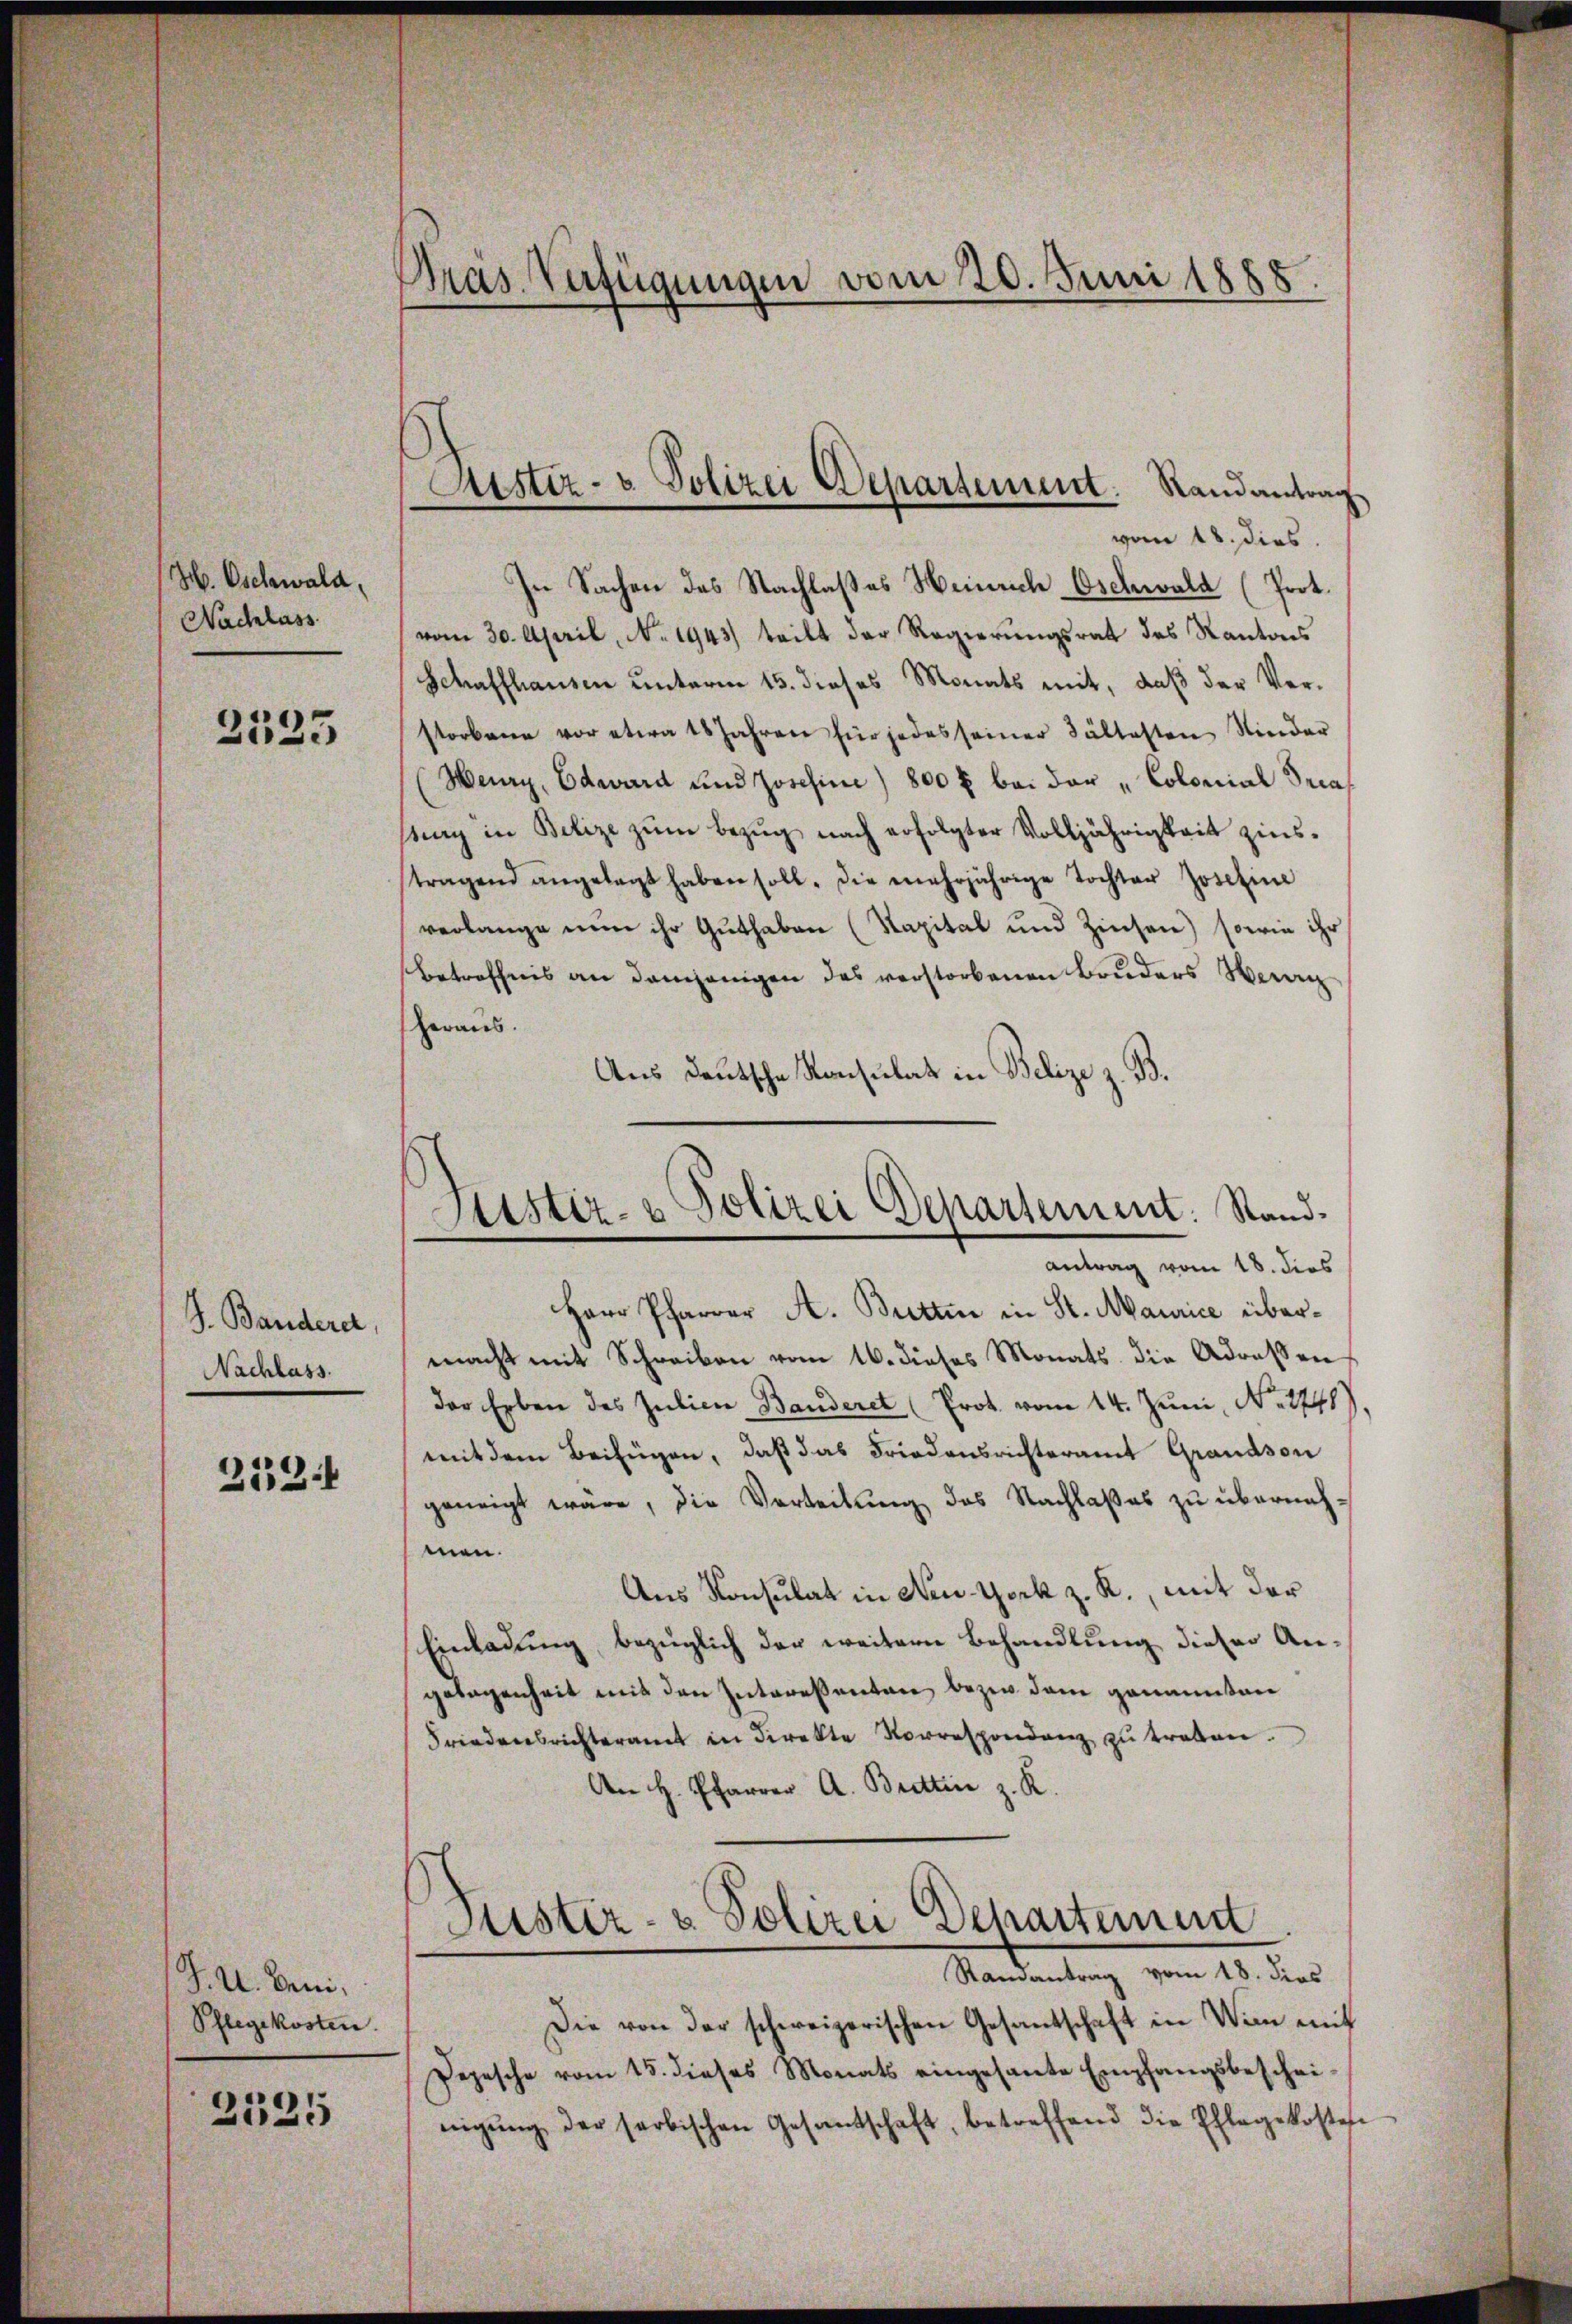
H. Oschwald,
Nachlass

2335

J. Banderer,
Nachlass.

252.

J. U. beni,
Pflegekosten.
2525

Pras Verfügungen vom 20. Juni 1885.

vom 18. dies.
In Sachen des Nachlaßes Heinrich Oschwald (Prot.
vom 30. April, No. 1943) teilt der Regierungsrat des Kantons
Schaffhausen unterm 15. dieses Monats mit, daß der Verstorbene vor etwa 18 Jahren für jedes seiner Kältesten Nieder
Heury, Edward und Joschini) 800 fl bei der „Colonial Decastag in Belize zŭm Bezug nach erfolgter Volljährigkeit zins-
tragend angelegt haben soll. Die mehrjährige Tochter Josefine
verlange nun ihr Guthaben (Kapital und Zinsen) sowie ihr
betreffnis an demjenigen des verstorbenen Bruders Wer
heraus.
Aus deutsche Konsulat in Belize z. B.

Astiz- & Polizei Departement. Randantrag

Sistiz- & Polizei Departement. Stand.
antrag vom 18. dies

Herr Pfarrer A. Butten in St. Maurice übermacht mit Schreiben vom 16. dieses Monats die Adressen
der Erben des Julien Banderet (Prot. vom 14. Juni, No. 1748
mit dem Beifügen, daß das Friedensrichteramt Grandson
geneigt wäre, die Verteilŭng des Nachlaßes zu übernahmen.
Aus Konsulat in New-York z. R., mit der
Einladung bezüglich der weitern Behandlung dieser An-
gelegenheit mit den Intereßanten bezw. dem genannten
Friedensrichteramt in direkte Vorrespondenz zŭ treten.
An H. Pfarrer A. Brettin z. R.

Justiz- & Polizei Departement
Ramantrag vom 18. dies

Die von der schweizerischen Gesantschaft in Von mit
Depesche vom 15. dieses Monats eingesante Empfangsbeschei-
nigung der farbischen Gesandtschaft, betreffend die Ehlegekoste